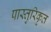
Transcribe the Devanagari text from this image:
पास्तुरिकृत